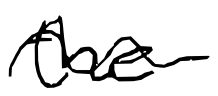
Text: the
Cross-out: wave
Writing tool: digital_black